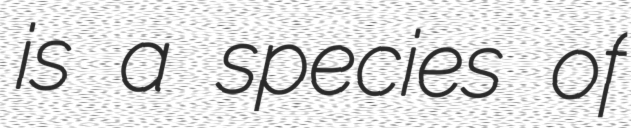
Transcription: is a species of